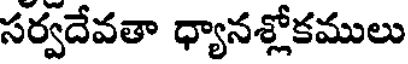
సర్వదేవతా ధ్యానశ్లోకములు